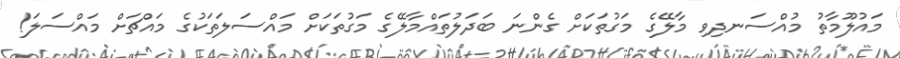
މައުލޫމާތު މުއްސަނދިވި މާލޭގެ މަގުތަކަށް ގެންނަ ބަދަލުތައްމާލޭގެ މަގުތަކަށް މައްސަލަތަކުގެ މައްޗަށް މައްސަލަ!